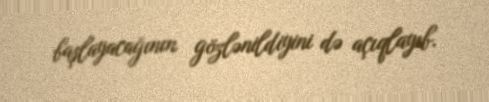
başlayacağının gözlənildiyini də açıqlayıb.